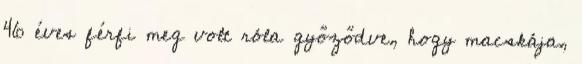
46 éves férfi meg volt róla győződve, hogy macskája,